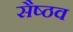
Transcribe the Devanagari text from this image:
सैष्ठव